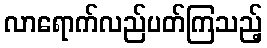
လာရောက်လည်ပတ်ကြသည့်